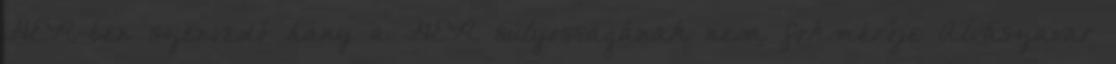
GER-ben szenvedő hány a GER súlyosságának nem fokmérője Alvászavar